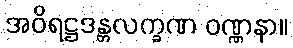
အဝိရဋ္ဌဒန္တလက္ခဏ ဝဏ္ဏနာ။